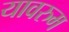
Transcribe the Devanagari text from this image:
यावरुम